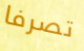
تصرفا